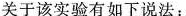
关于该实验有如下说法：